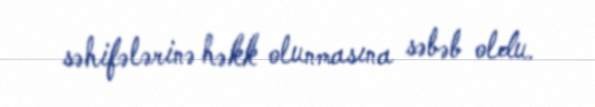
səhifələrinə həkk olunmasına səbəb oldu.